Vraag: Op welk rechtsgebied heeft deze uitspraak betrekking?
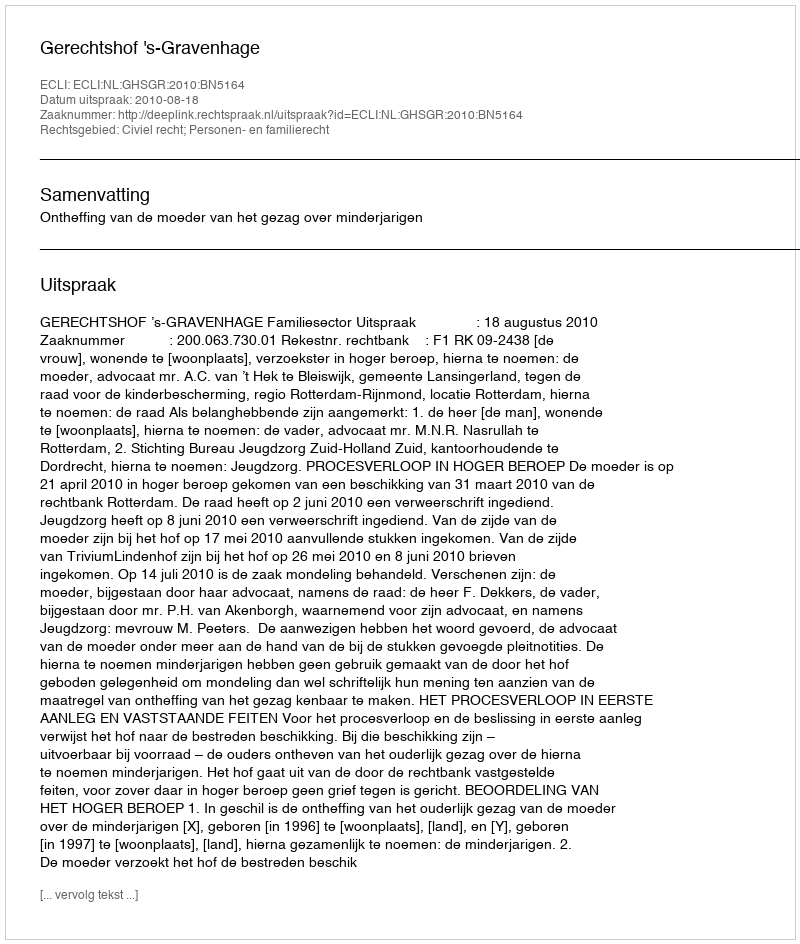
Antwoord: Civiel recht; Personen- en familierecht